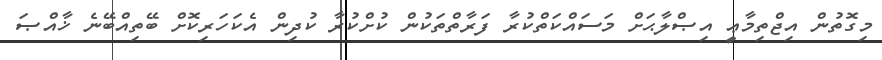
މިގޮތުން އިޖްތިމާޢީ އިޞްލާޙަށް މަސައްކަތްކުރާ ފަރާތްތަކުން ކުށްކުރާ ކުދިން އެކަހަރިކޮށް ބޭތިއްބޭނެ ޚާއްޞަ